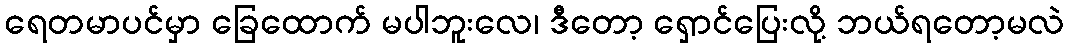
ရေတမာပင်မှာ ခြေထောက် မပါဘူးလေ၊ ဒီတော့ ရှောင်ပြေးလို့ ဘယ်ရတော့မလဲ